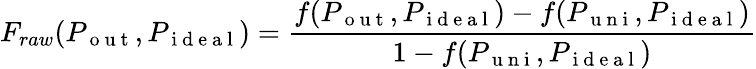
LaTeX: F_{raw}(P_{\mathrm{~o~u~t~}},P_{\mathrm{~i~d~e~a~l~}})=\frac{f(P_{\mathrm{~o~u~t~}},P_{\mathrm{~i~d~e~a~l~}})-f(P_{\mathrm{~u~n~i~}},P_{\mathrm{~i~d~e~a~l~}})}{1-f(P_{\mathrm{~u~n~i~}},P_{\mathrm{~i~d~e~a~l~}})}